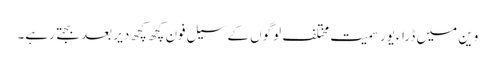
وین میں ڈراءیور سمیت مختلف لوگوں کے سیل فون کچھ کچھ دیر بعد بجتے رہے۔